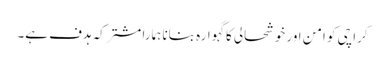
کراچی کو امن اور خوشحالی کا گہوارہ بنانا ہمارا مشترکہ ہدف ہے۔